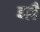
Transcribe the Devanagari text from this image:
इल्लै